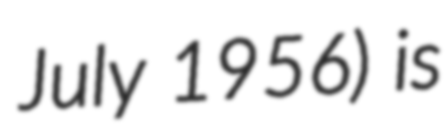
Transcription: July 1956) is